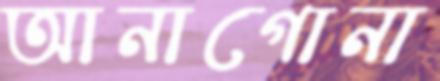
আনাগোনা